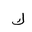
Letter: _kaf